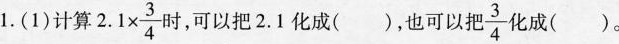
1.(1)计算$$2.1 \times \frac {3}{4} $$ 时，可以把2.1化成()，也可以把 $$ \frac{3}{4} $$ 化成()。